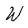
Character: W